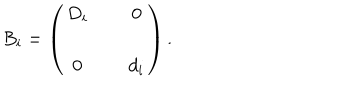
B _ { i } = \left( \begin{matrix} { { D _ { i } } } & { { \, } } & { { 0 } } \\ { { \, } } & { { \, } } & { { \, } } \\ { { 0 } } & { { \, } } & { { d _ { i } } } \\ \end{matrix} \right) .